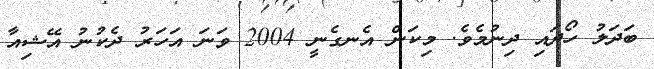
ބަދަލު ހޯދައި ދިނުމެވެ. މިކަން އެނގެނީ 2004 ވަނަ އަހަރު ދެކުނު އޭޝިއާ